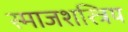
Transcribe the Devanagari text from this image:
स्माजशस्त्रिय